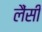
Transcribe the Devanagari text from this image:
लैंसी